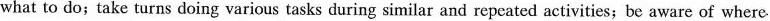
what to do;take turns doing various tasks during similar and repeated activities;be aware of where